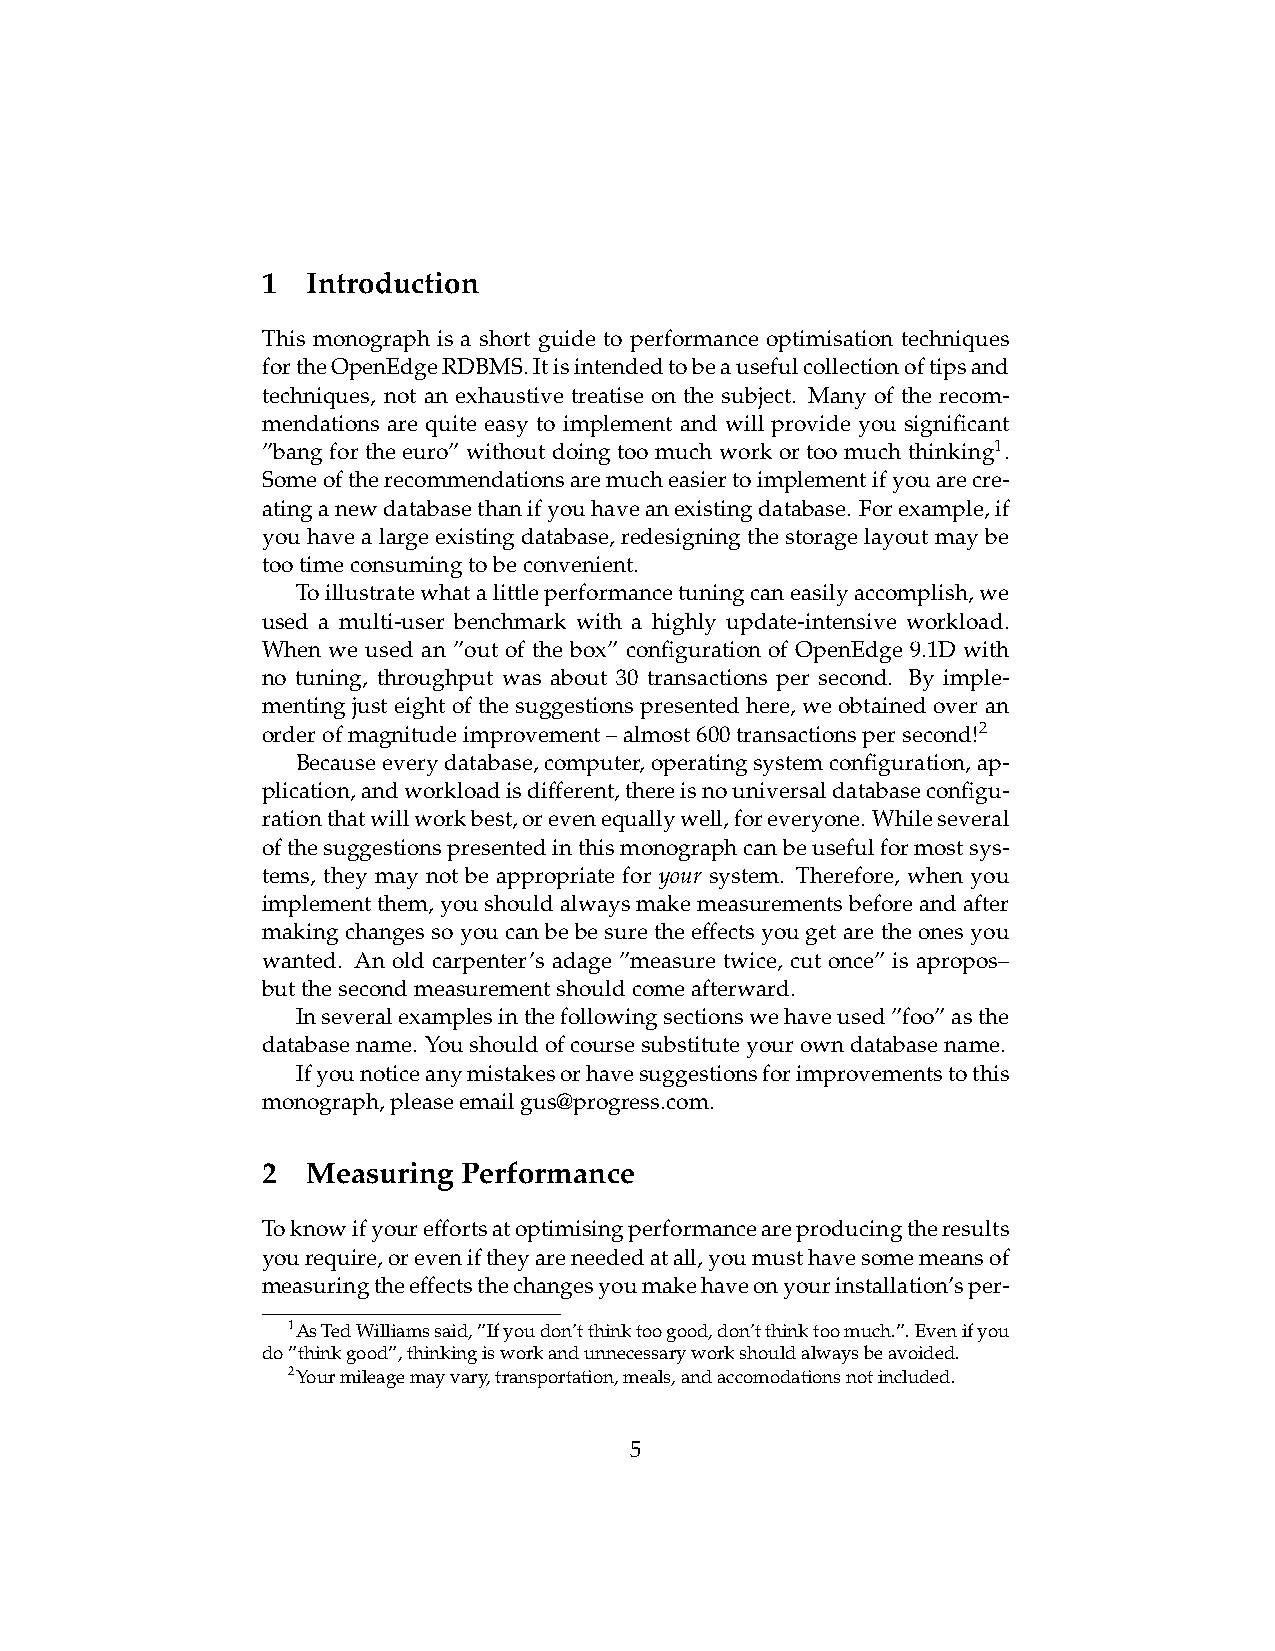
1  Introduction
 This monograph is a short guide to performance optimisation techniques
 fortheOpenEdgeRDBMS.Itisintendedtobeausefulcollectionoftipsand
 techniques, not an exhaustive treatise on the subject. Many of the recom-
 mendations are quite easy to implement and will provide you significant
 ”bang for the euro” without doing too much work or too much thinking1.
 Someoftherecommendationsaremucheasiertoimplementifyouarecre-
 atinganewdatabasethanifyouhaveanexistingdatabase. Forexample,if
 you have a large existing database, redesigning the storage layout may be
 tootimeconsumingtobeconvenient.
 Toillustratewhatalittleperformancetuningcaneasilyaccomplish,we
 used a multi-user benchmark with a highly update-intensive workload.
 When we used an ”out of the box” configuration of OpenEdge 9.1D with
 no tuning, throughput was about 30 transactions per second. By imple-
 menting just eight of the suggestions presented here, we obtained over an
 orderofmagnitudeimprovement–almost600transactionspersecond!2
 Becauseeverydatabase,computer,operatingsystemconfiguration,ap-
 plication,andworkloadisdifferent,thereisnouniversaldatabaseconfigu-
 rationthatwillworkbest,orevenequallywell,foreveryone. Whileseveral
 ofthesuggestionspresentedinthismonographcanbeusefulformostsys-
 tems, they may not be appropriate for your system. Therefore, when you
 implementthem,youshouldalwaysmakemeasurementsbeforeandafter
 makingchangessoyoucanbebesuretheeffectsyougetaretheonesyou
 wanted. An old carpenter’s adage ”measure twice, cut once” is apropos–
 butthesecondmeasurementshouldcomeafterward.
 Inseveralexamplesinthefollowingsectionswehaveused”foo”asthe
 databasename. Youshouldofcoursesubstituteyourowndatabasename.
 Ifyounoticeanymistakesorhavesuggestionsforimprovementstothis
 monograph,pleaseemailgus@progress.com.
 2  Measuring  Performance
 Toknowifyoureffortsatoptimisingperformanceareproducingtheresults
 yourequire,oreveniftheyareneededatall,youmusthavesomemeansof
 measuringtheeffectsthechangesyoumakehaveonyourinstallation’sper-
 1AsTedWilliamssaid,”Ifyoudon’tthinktoogood,don’tthinktoomuch.”.Evenifyou
 do”thinkgood”,thinkingisworkandunnecessaryworkshouldalwaysbeavoided.
 2Yourmileagemayvary,transportation,meals,andaccomodationsnotincluded.
 5